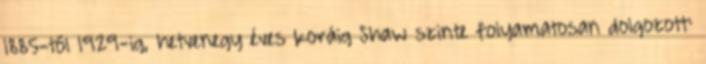
1885-től 1929-ig, hetvenegy éves koráig Shaw szinte folyamatosan dolgozott: